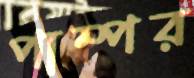
পাম্পর